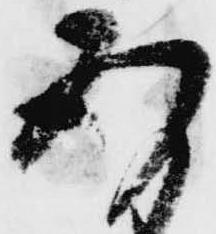
存